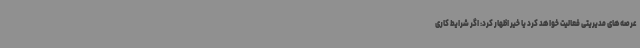
عرصه‌های مدیریتی فعالیت خواهد کرد یا خیر اظهار کرد: اگر شرایط کاری